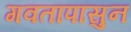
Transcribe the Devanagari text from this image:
गवतापासुन